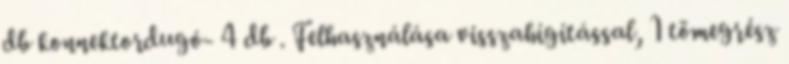
db konnektordugó- 4 db . Felhasználása visszahígítással, 1 tömegrész